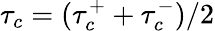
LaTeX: \tau_{c}=(\tau_{c}^{+}+\tau_{c}^{-})/2